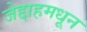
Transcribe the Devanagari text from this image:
जेद्दाहमधून